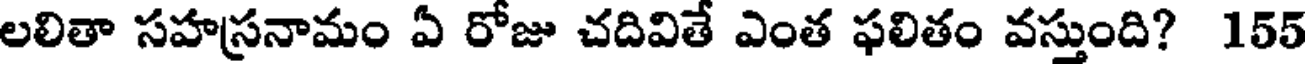
లలితా సహస్రనామం ఏ రోజు చదివితే ఎంత ఫలితం వస్తుంది? 155